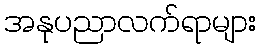
အနုပညာလက်ရာများ